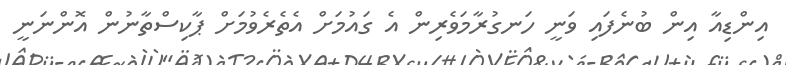
އިންޑިއާ އިން ބުނެފައި ވަނީ ހަނގުރާމަވެރިން އެ ގައުމަށް އެތެރެވުމަށް ޕާކިސްތާނުން އޮންނަނީ